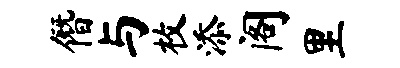
僭与枚添阁里